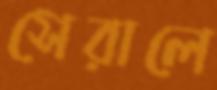
সেরালে